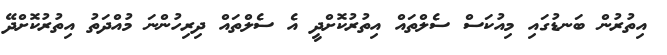
އިތުރުން ބަނޑުގައި މިއުކަސް ސެލްތައް އިތުރުކޮށްދީ އެ ސެލްތައް ދިރިހުންނަ މުއްދަތު އިތުރުކޮށްދޭ